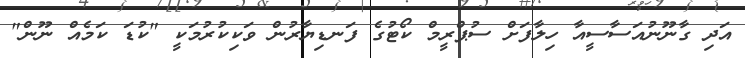
އަދި ގާނޫނުއަސާސީއާ ހިލާފަށް ސުޕްރީމް ކޯޓުގެ ފަނޑިޔާރުން ވަކިކުރުމަކީ "ކުޑަ ކަމެއް ނޫން"